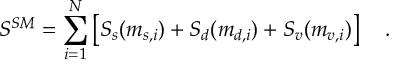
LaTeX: S ^ { S M } = \sum _ { i = 1 } ^ { N } \left[ S _ { s } ( m _ { s , i } ) + S _ { d } ( m _ { d , i } ) + S _ { v } ( m _ { v , i } ) \right] ~ ~ ~ .